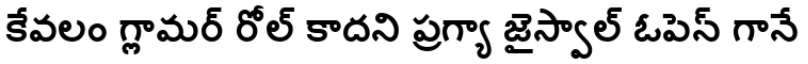
కేవలం గ్లామర్ రోల్ కాదని ప్రగ్యా జైస్వాల్ ఓపెన్ గానే